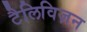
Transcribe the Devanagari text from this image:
टैलिविज़न